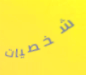
شخصيات